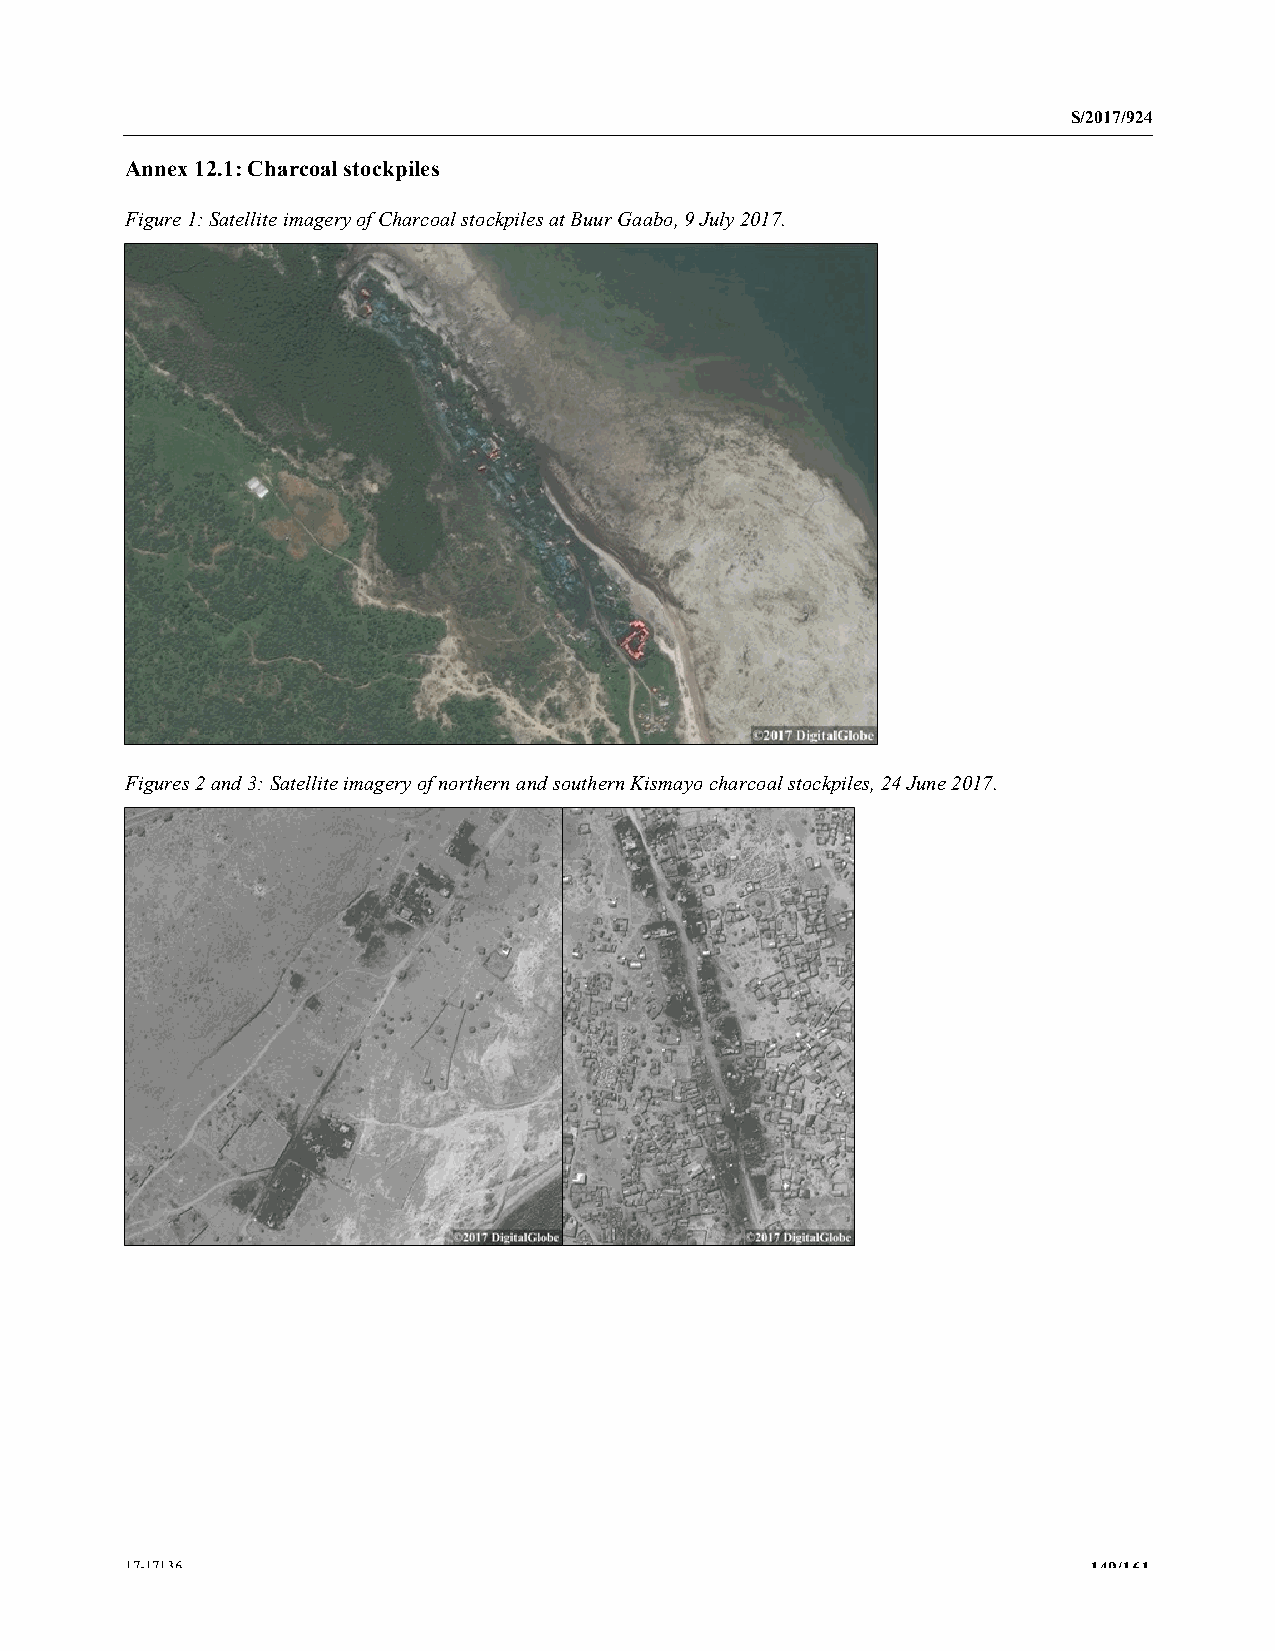
S/2017/924
 Annex 12.1: Charcoal stockpiles
 Figure 1: Satellite imagery of Charcoal stockpiles at Buur Gaabo, 9 July 2017.
 Figures 2 and 3: Satellite imagery of northern and southern Kismayo charcoal stockpiles, 24 June 2017.
 17-17136                                                        149/161